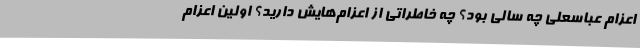
اعزام عباسعلی چه سالی بود؟ چه خاطراتی از اعزام‌هایش دارید؟ اولین اعزام